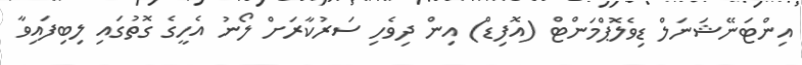
އިންޓަނޭޝަނަލް ޑިވެލޮޕްމަންޓް (އޮފިޑް) އިން ދިވެހި ސަރުކާރަށް ލޯނު އެހީގެ ގޮތުގައި ލިބިފައިވާ